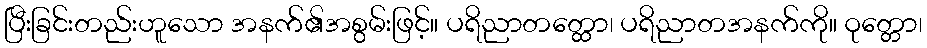
ပြီးခြင်းတည်းဟူသော အနက်၏အစွမ်းဖြင့်။ ပရိညာတတ္ထော၊ ပရိညာတအနက်ကို။ ဝုတ္တော၊